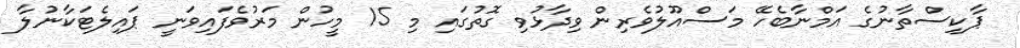
ޕާކިސްތާނުގެ އަމްނާބެހޭ މަސްއޫލުވެރިން ވިދާޅުވި ގޮތުގައި މި 15 މީހުން މަރުވެފައިވަނީ ޕައިލެޓަކާނުލާ